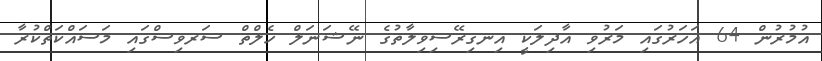
އުމުރުން 64 އަހަރުގައި މަރުވި އާދިލަކީ އިނގިރޭސިވިލާތުގެ ނޭޝަނަލް ހެލްތް ސަރވިސްގައި މަސައްކަތްކުރާ